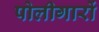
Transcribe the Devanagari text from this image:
पोलीगारों